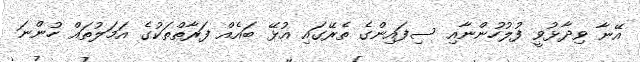
އޭނާ ވިދާޅުވީ ފުލުހުންނާއި ސިފައިންގެ ތެރޭގައި އުޅޭ ބައެއް ފަރާތްތަކުގެ އަމަލުތައް ހުންނަ